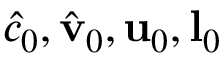
\hat { c } _ { 0 } , \hat { \mathbf { v } } _ { 0 } , \mathbf { u } _ { 0 } , \mathbf { l } _ { 0 }